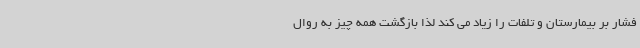
فشار بر بیمارستان و تلفات را زیاد می کند لذا بازگشت همه چیز به روال